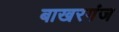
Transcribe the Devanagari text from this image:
बाखरगंज